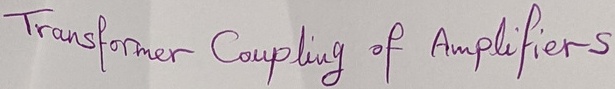
Text: Transformer Coupling of Amplifiers